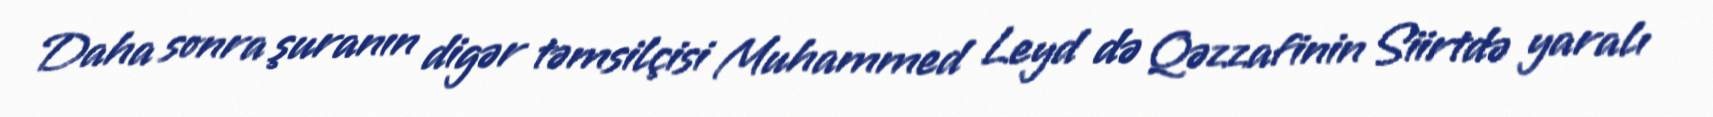
Daha sonra şuranın digər təmsilçisi Muhammed Leyd də Qəzzafinin Siirtdə yaralı